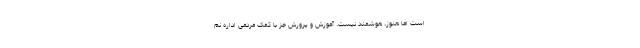
است اما هنوز، هوشمند نیست. آموزش و پرورش جز با کمک مردمی اداره نم